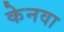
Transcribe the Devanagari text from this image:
केनवा